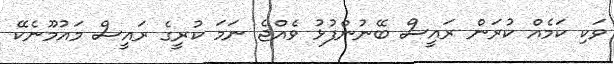
ވަކި ކަމެއް ކުރަން ރައީސް ބޭނުންފުޅު ވެއްޖެ ނަމަ ކުރީގެ ރައީސް މައުމޫނެކޭ